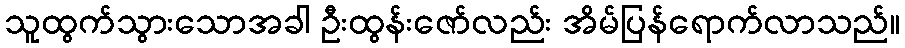
သူထွက်သွားသောအခါ ဦးထွန်းဇော်လည်း အိမ်ပြန်ရောက်လာသည်။